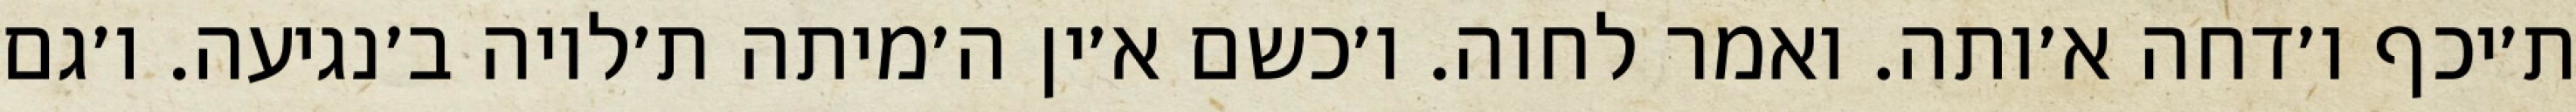
ת׳יכף ו׳דחה א׳ותה. ואמר לחוה. ו׳כשם א׳ין ה׳מיתה ת׳לויה ב׳נגיעה. ו׳גם